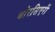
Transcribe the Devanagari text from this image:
बोरसिएरी